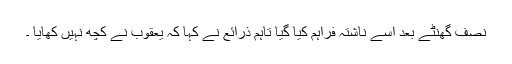
نصف گھنٹے بعد اسے ناشتہ فراہم کیا گیا تاہم ذرائع نے کہا کہ یعقوب نے کچھ نہیں کھایا ۔